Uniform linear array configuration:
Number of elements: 48
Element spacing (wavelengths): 0.5
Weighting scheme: blackman
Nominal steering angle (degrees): -45
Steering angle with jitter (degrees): -46.84
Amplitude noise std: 0.05
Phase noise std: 0.05

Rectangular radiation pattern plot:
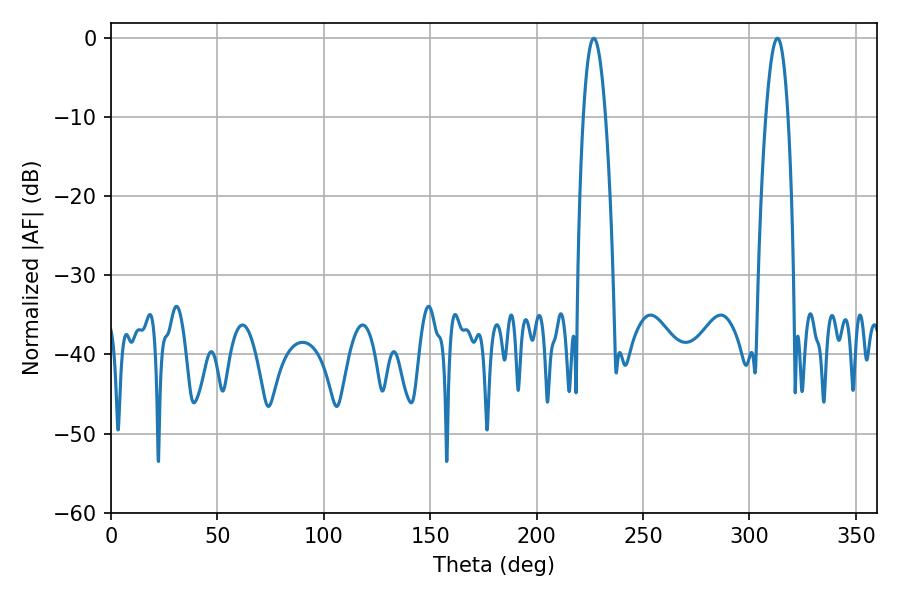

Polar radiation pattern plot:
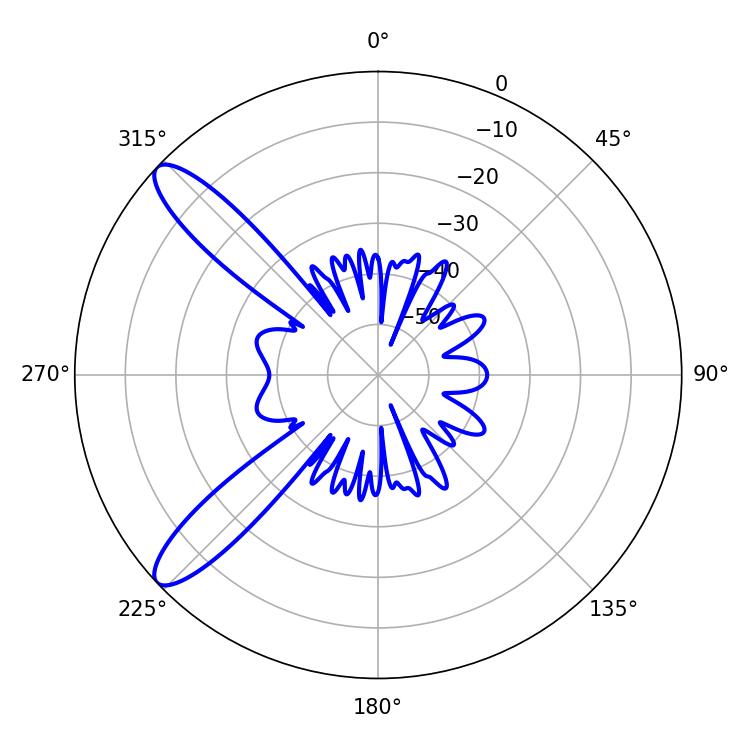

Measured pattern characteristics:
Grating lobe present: FALSE
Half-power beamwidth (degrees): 5.76
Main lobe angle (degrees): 226.8